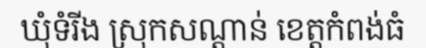
ឃុំទំរីង ស្រុកសណ្តាន់ ខេត្តកំពង់ធំ